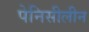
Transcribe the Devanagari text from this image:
पेनिसीलीन